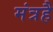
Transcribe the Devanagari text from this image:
मंत्रहै